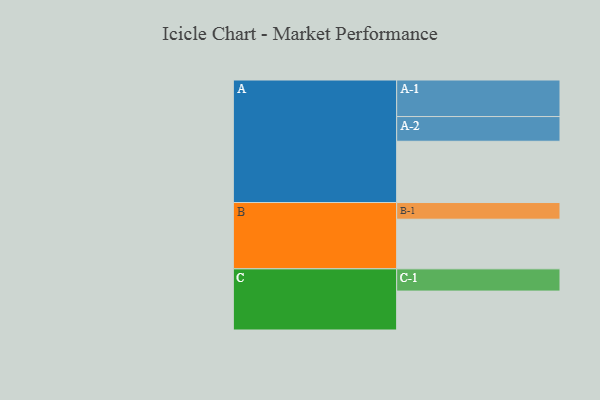
{"axis": {"x": "Segment", "y": "Value"}, "legend": ["", "A", "B", "C"], "data": [{"x": "A", "y": 496, "type": ""}, {"x": "B", "y": 402, "type": ""}, {"x": "C", "y": 315, "type": ""}, {"x": "A-1", "y": 296, "type": "A"}, {"x": "A-2", "y": 200, "type": "A"}, {"x": "B-1", "y": 135, "type": "B"}, {"x": "C-1", "y": 180, "type": "C"}]}